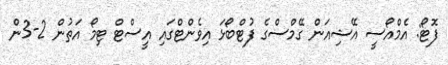
ފޮޓޯ: އެމްއޯސީ އޭޝިއަން ގޭމްސްގެ ފުޓްބޯޅަ އިވެންޓްގައި އީސްޓް ޓިމޯ އަތުން 2-3ން